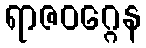
ရာဇဝဂ္ဂေန